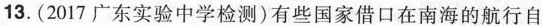
13.（2017广东实验中学检测）有些国家借口在南海的航行自